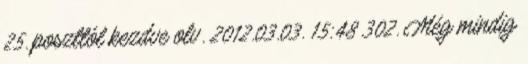
25. poszttól kezdve olv. 2012.03.03. 15:48 302. Még mindig